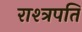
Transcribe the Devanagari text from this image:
राश्त्रपति